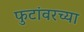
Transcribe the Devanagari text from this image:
फुटांवरच्या